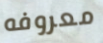
معروفه